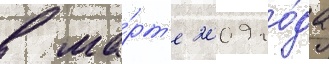
в ма́рт'е 2009 го́да